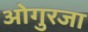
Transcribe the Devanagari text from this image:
ओगुरजा